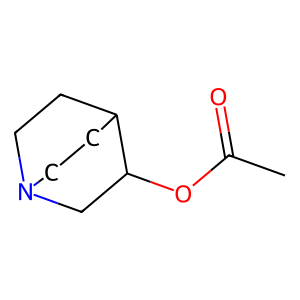
SMILES: CC(=O)OC1CN2CCC1CC2
Inhibits HIV replication: No